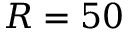
R = 5 0